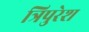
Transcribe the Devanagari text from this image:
त्रिपुरेश